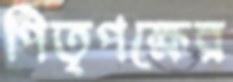
পিতৃপক্ষের